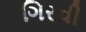
ગિરવી